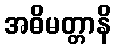
အဓိမတ္တာနိ